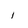
Character: I